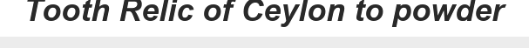
Tooth Relic of Ceylon to powder